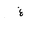
Letter: _gayn